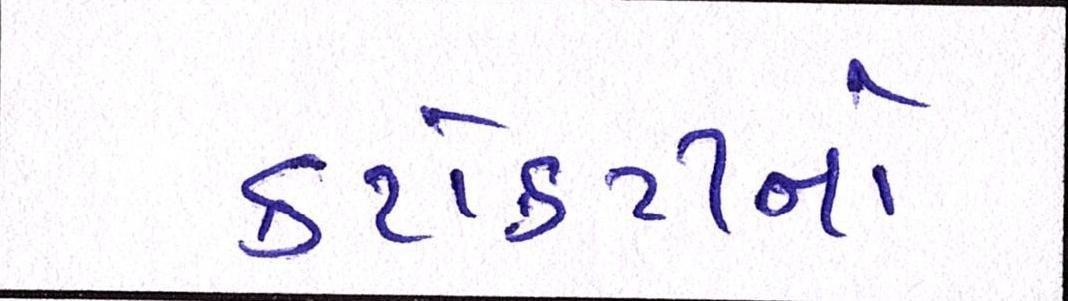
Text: કટોકટીનો